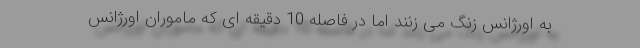
به اورژانس زنگ می زنند اما در فاصله 10 دقیقه ای که ماموران اورژانس